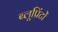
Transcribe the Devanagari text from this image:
ब्लूप्रिंटों